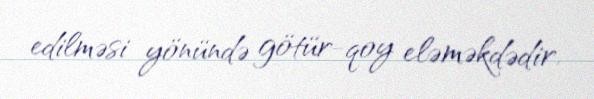
edilməsi yönündə götür-qoy eləməkdədir.